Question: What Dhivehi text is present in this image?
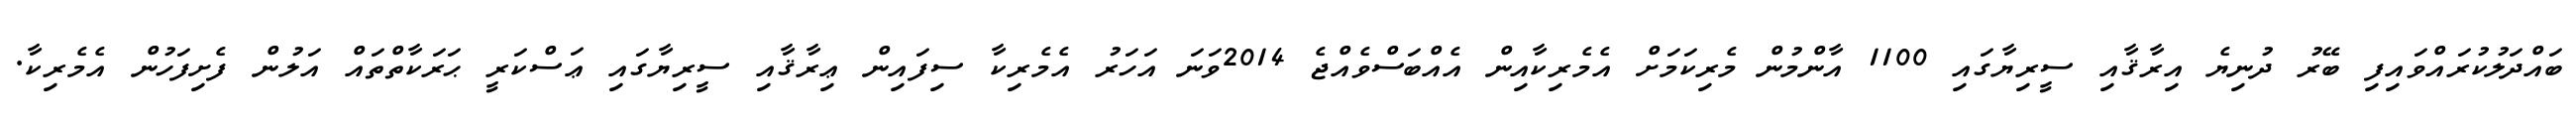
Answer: ބައްދަލުކުރައްވައިފި ބޭރު ދުނިޔެ އިރާޤާއި ސީރިޔާގައި 1100 އާންމުން މެރިކަމަށް އެމެރިކާއިން އެއްބަސްވެއްޖެ 2014ވަނަ އަހަރު އެމެރިކާ ސިފައިން ޢިރާޤާއި ސީރިޔާގައި ޢަސްކަރީ ޙަރަކާތްތައް އަލުން ފެށިފަހުން އެމެރިކާ.